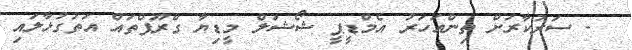
- ސަރުކާރަށް ތިންއަހަރު އެމްޑީޕީ ޝޯޝަލް މީޑިޔާ ގްރޫޕްތައް އަތުގުޅާލައި